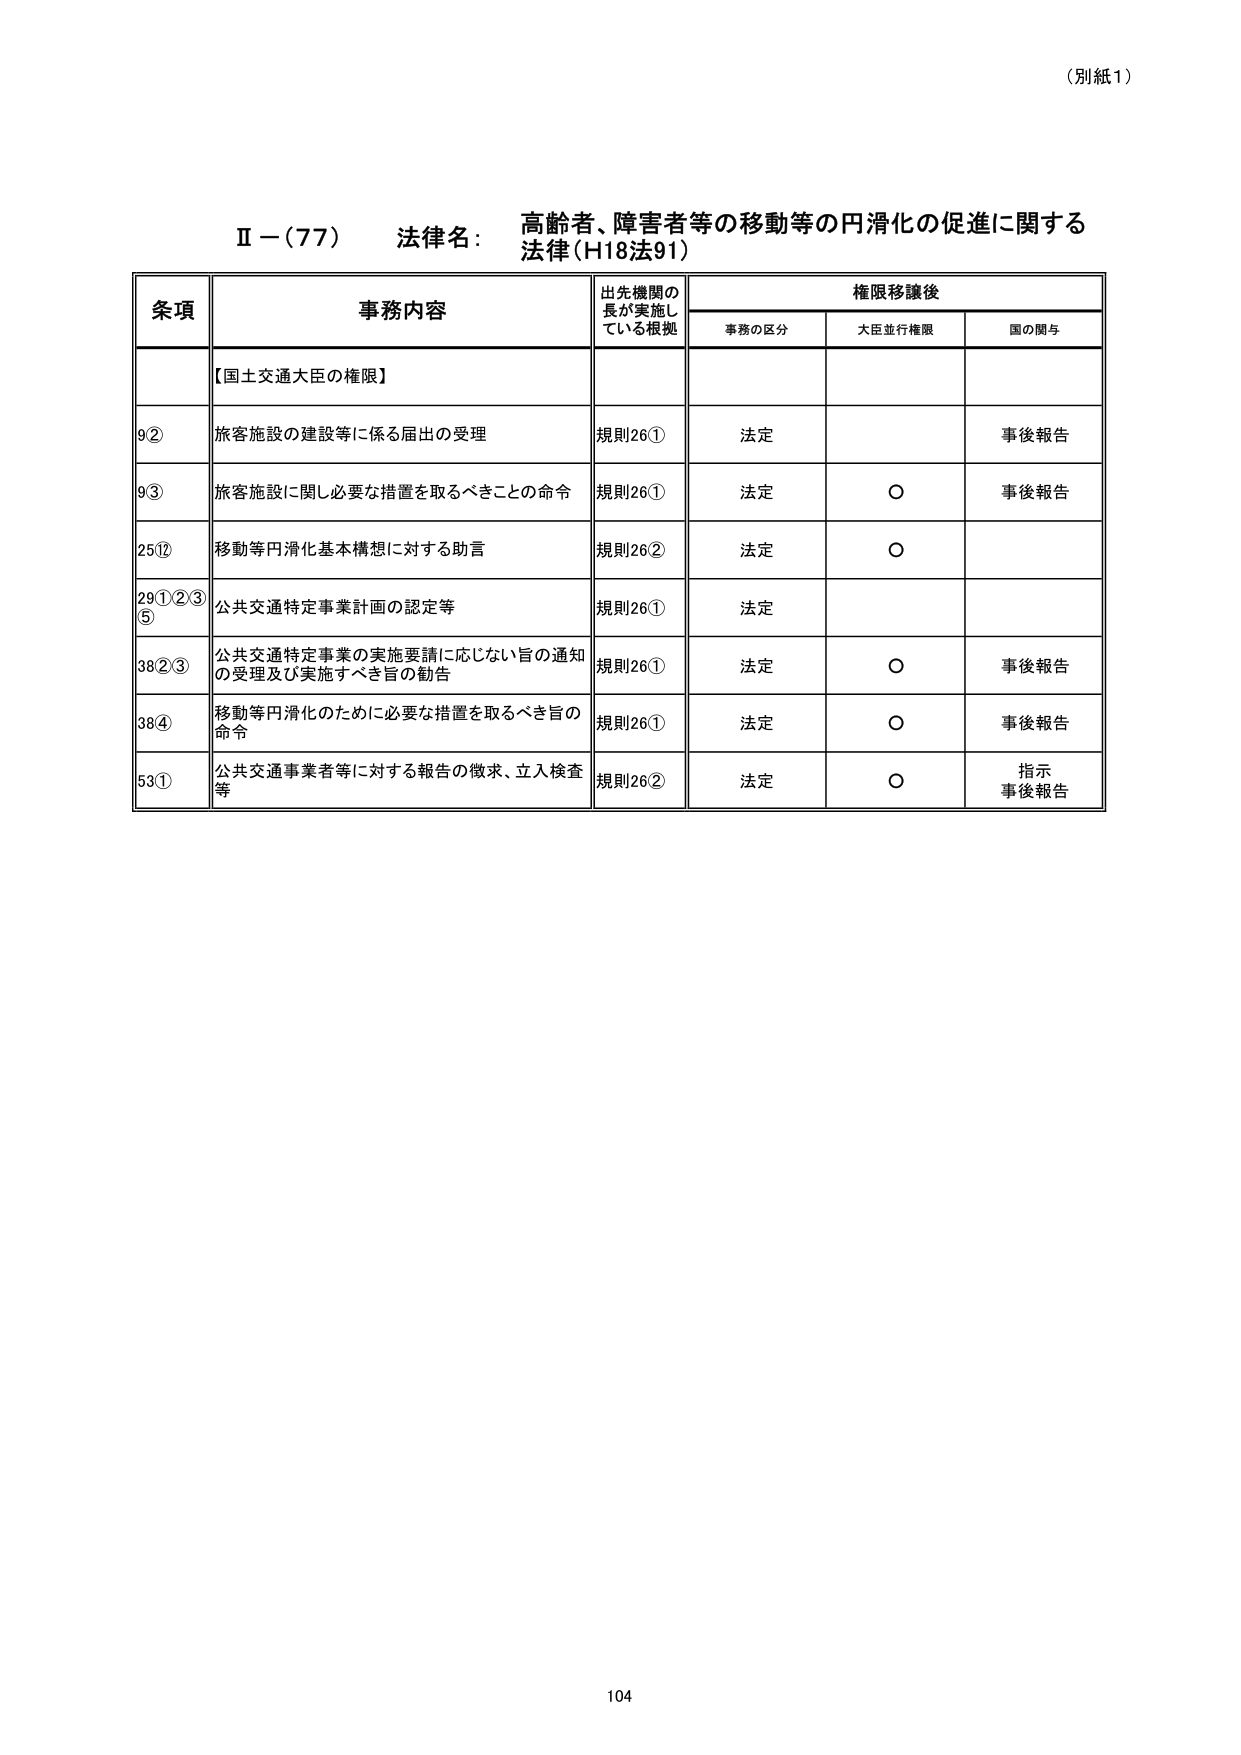
（別紙１）

Ⅱ－（77）　法律名：　高齢者、障害者等の移動等の円滑化の促進に関する法律（H18法91）

条項　　　　　　　　　事務内容　　　　　　　　　出先機関の長が実施している根拠　　　　　権限移譲後
　　　　　　　　　　　　　　　　　　　　　　　　　　　　　　　　　　　　　　　　　　事務の区分　　大臣並行権限　　国の関与

【国土交通大臣の権限】

9②　　　　　　　旅客施設の建設等に係る届出の受理　　　　　規則26①　　　　　法定　　　　　　○　　　　　　事後報告

9③　　　　　　　旅客施設に関し必要な措置を取るべきことの命令　規則26①　　　　　法定　　　　　　○　　　　　　事後報告

25⑫　　　　　　移動等円滑化基本構想に対する助言　　　　　　規則26②　　　　　法定　　　　　　○

29①②③⑤　　　公共交通特定事業計画の認定等　　　　　　　　規則26①　　　　　法定

38②③　　　　公共交通特定事業の実施要請に応じない旨の通知の受理及び実施すべき旨の勧告　規則26①　　　法定　　　　　　○　　　　　　事後報告

38④　　　　　移動等円滑化のために必要な措置を取るべき旨の命令　　　　　規則26①　　　法定　　　　　　○　　　　　　事後報告

53①　　　　　公共交通事業者等に対する報告の徴求、立入検査等　　　規則26②　　　法定　　　　　　○　　　　　　指示
　　　　　　　　　　　　　　　　　　　　　　　　　　　　　　　　　　　　　　　　　　　　　　　　　　　　　　事後報告

104